38_143685_box7_Incident_Summaries_1-100
Agency: Department of War
Page 84
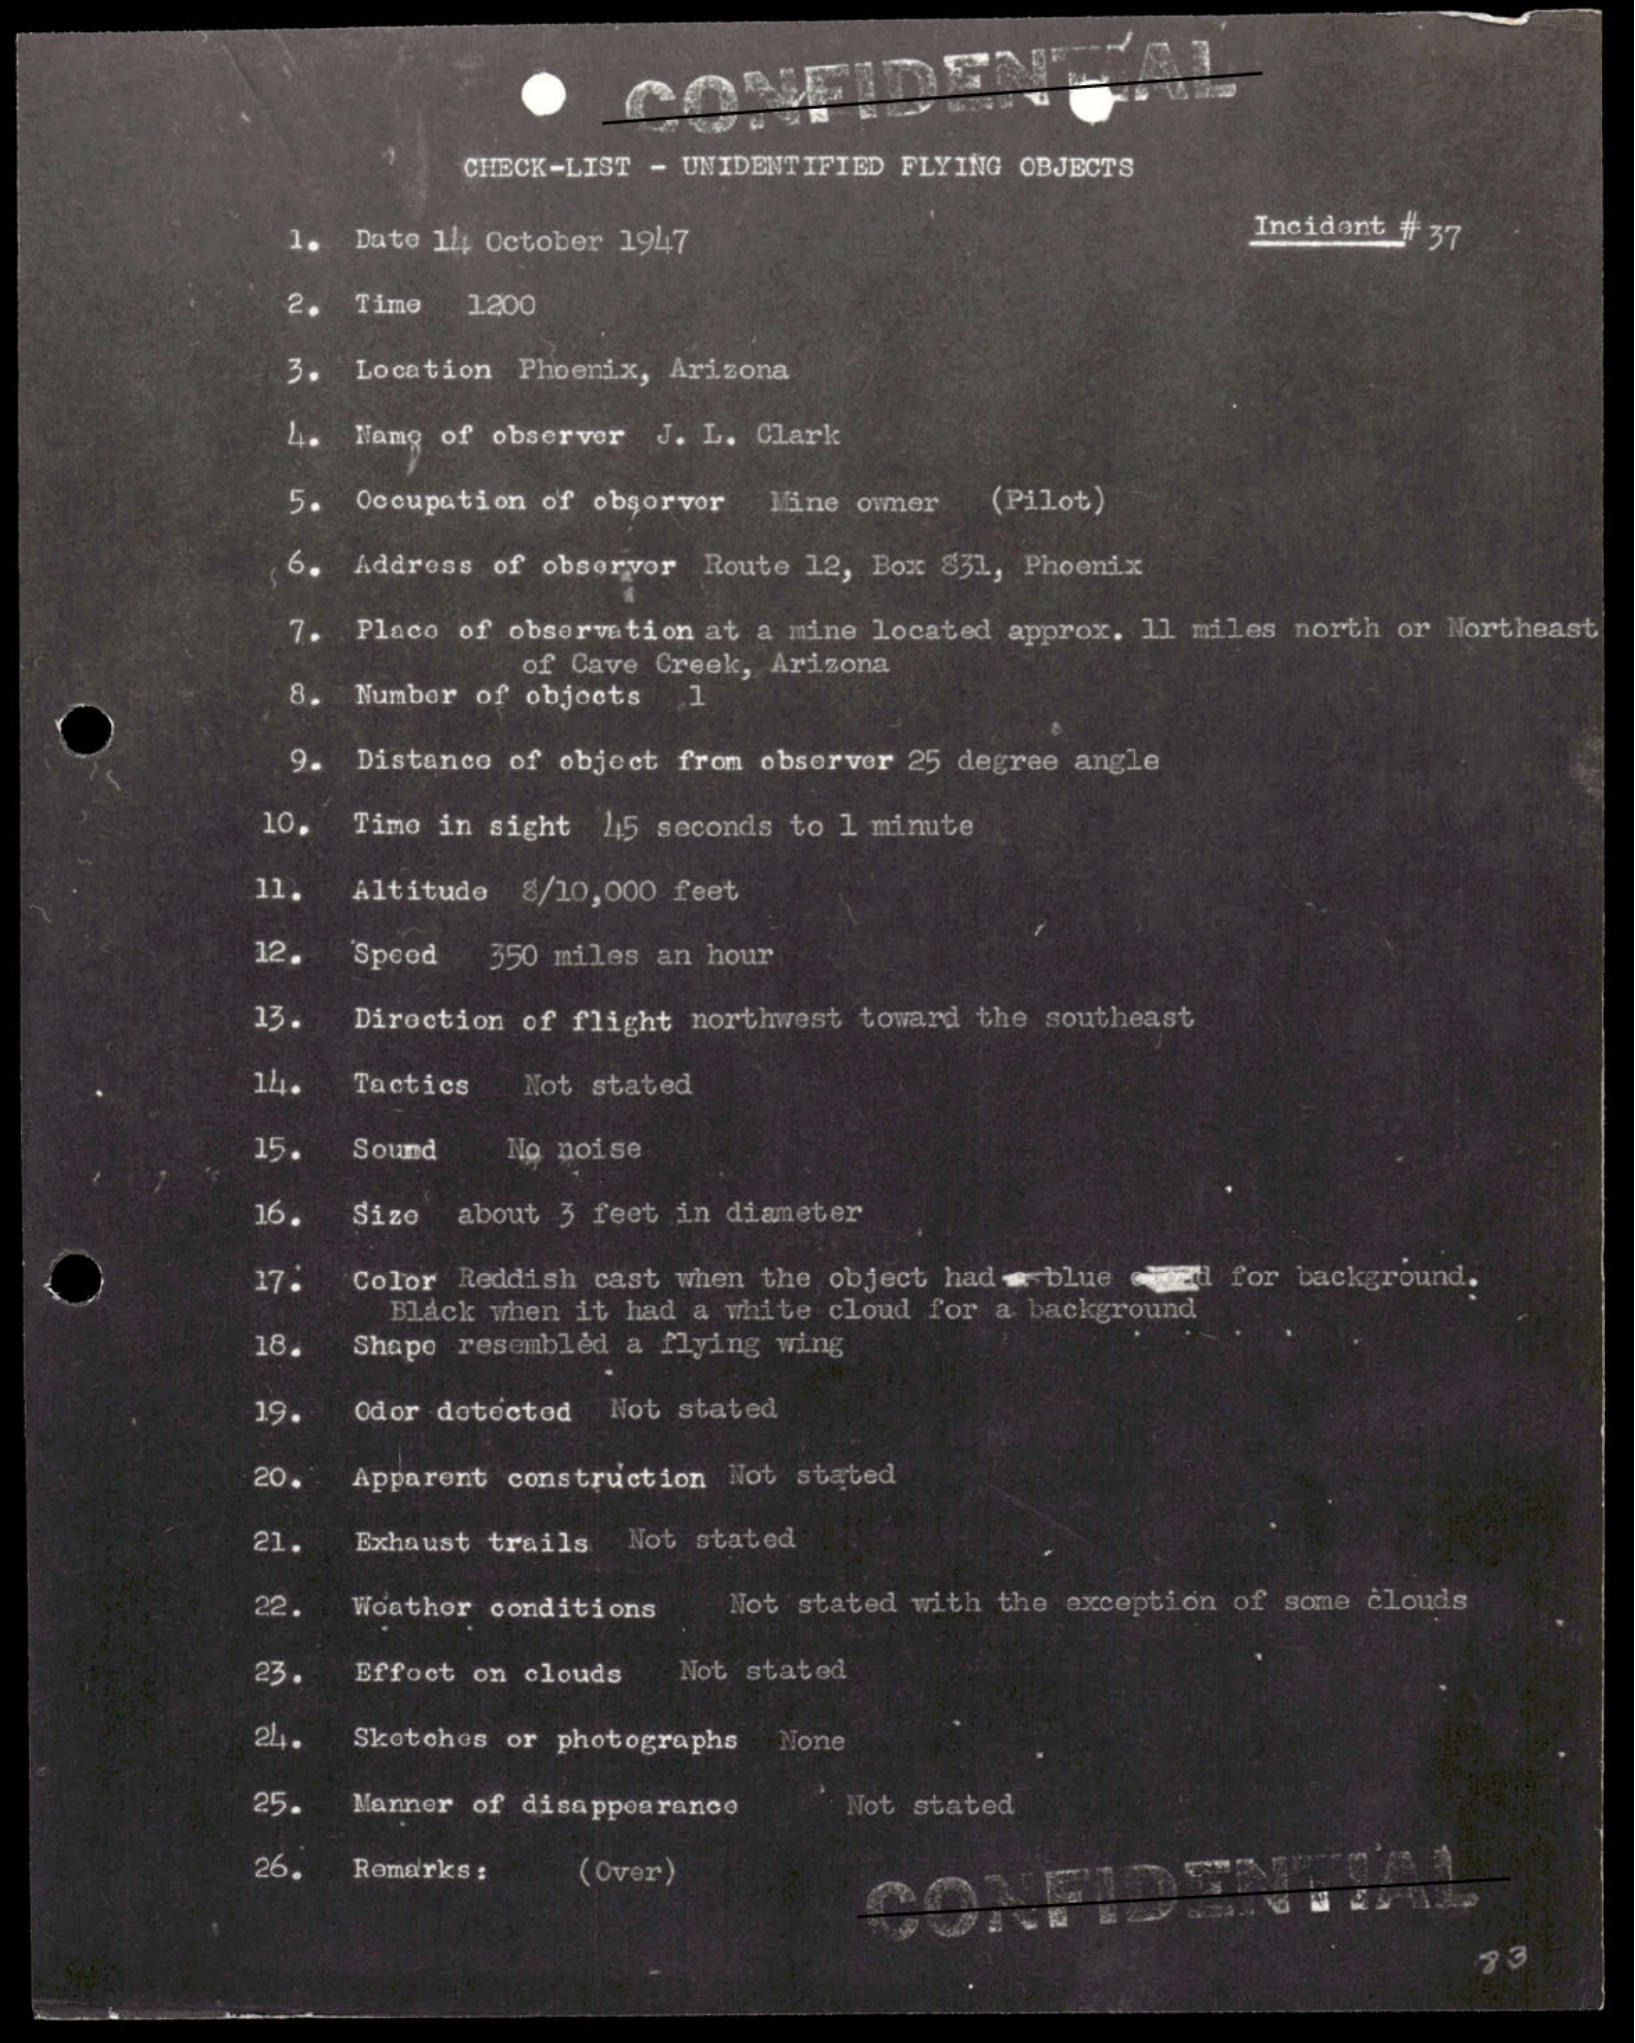